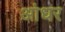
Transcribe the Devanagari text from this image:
आंधर